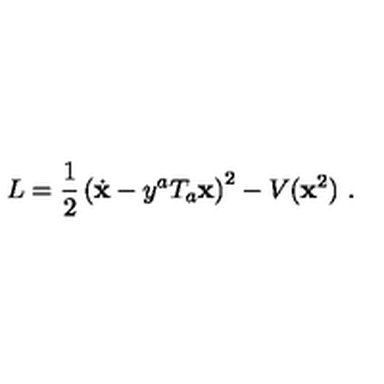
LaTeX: L = \frac { 1 } { 2 } \left( \dot { \bf x } - y ^ { a } T _ { a } { \bf x } \right) ^ { 2 } - V ( { \bf x } ^ { 2 } ) \ .